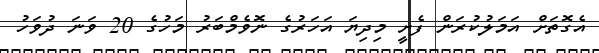
އެގޮތަށް އަމަލުކުރަން ފެށީ މިދިޔަ އަހަރުގެ ނޮވެމްބަރު މަހުގެ 20 ވަނަ ދުވަހު